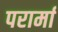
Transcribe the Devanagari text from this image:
परार्मा